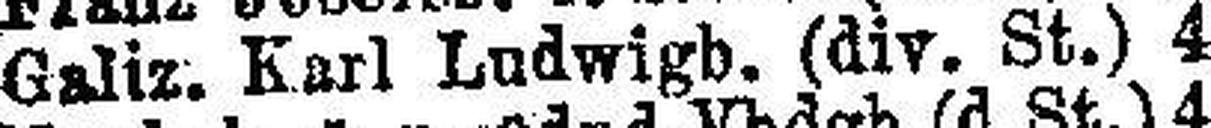
Galiz. Karl Ludwigb. (div. St.) 4